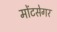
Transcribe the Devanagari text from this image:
मोंटसेगर